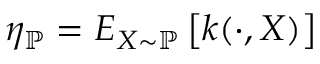
\eta _ { \mathbb { P } } = E _ { X \sim \mathbb { P } } \left[ k ( \cdot , X ) \right]